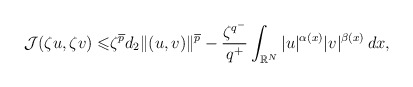
\begin{align*} \mathcal{J}(\zeta u,\zeta v)\leqslant & \zeta^{\overline{p}}d_2\|(u, v)\|^{\overline{p}}- \frac{\zeta^{q^{-}}}{q^{+}}\int_{\mathbb{R}^{N}}|u|^{\alpha(x)}|v|^{\beta(x)}\,dx , \end{align*}